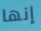
إنها